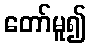
တော်မူ၍